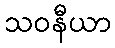
သဝနီယာ